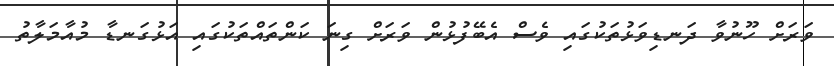
ވަރަށް ހޫނުވާ ދަނޑިވަޅުތަކުގައި ވެސް އެބޭފުޅުން ވަރަށް ގިނަ ކަންތައްތަކުގައި އަޅުގަނޑާ މުއާމަލާތު